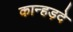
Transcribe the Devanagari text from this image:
कान्हड़दे